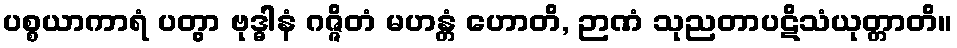
ပစ္စယာကာရံ ပတွာ ဗုဒ္ဓါနံ ဂဇ္ဇိတံ မဟန္တံ ဟောတိ, ဉာဏံ သုညတာပဋိသံယုတ္တာတိ။